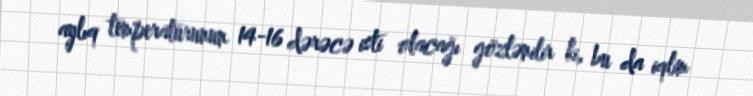
aylıq temperaturunun 14-16 dərəcə isti olacağı gözlənilir ki, bu da iqlim